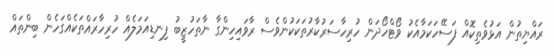
ރައްޔިތުން އަޅުވެތިކޮއް ފަސޭހަކަމާއެކު ވޯޓްހޯދަން ހުރިހާސަރުކާރުތަކަކުންވެސް ރާވައިހިންގާ ނާތަހުޒީބު ފިނޑިއަމަލެއް ހުރިހާރައްތަކެއްގަހެން ބިންތައް